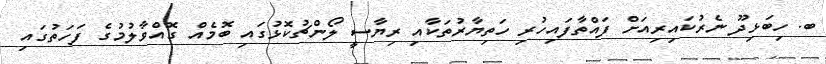
ބ. ހިބަޅިދޫ ނެރުކައިރިއަށް ފައްތާފައިހުރި ހަތިޔާރުތަކާއި ރިޔާސީ ލޯންޗުކޮޅުގައި ބޮމެއް ގޮއްވާލުމުގެ ފަހަތުގައި